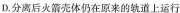
D.分离后火箭壳体仍在原来的轨道上运行